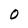
Character: 0